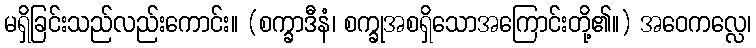
မရှိခြင်းသည်လည်းကောင်း။ (စက္ခာဒီနံ၊ စက္ခုအစရှိသောအကြောင်းတို့၏။) အဝေကလ္လေ၊